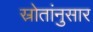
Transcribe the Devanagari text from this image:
स्रोतांनुसार